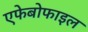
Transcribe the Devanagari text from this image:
एफेबोफाइल